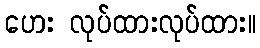
ဟေး လုပ်ထားလုပ်ထား။